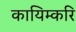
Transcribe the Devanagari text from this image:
कायिम्करि